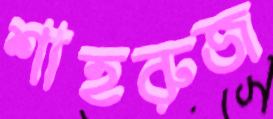
শাহরুজ